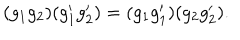
( g _ { 1 } g _ { 2 } ) ( g _ { 1 } ^ { \prime } g _ { 2 } ^ { \prime } ) = ( g _ { 1 } g _ { 1 } ^ { \prime } ) ( g _ { 2 } g _ { 2 } ^ { \prime } ) .